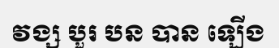
វង្ស បួរ បន បាន ឡើង